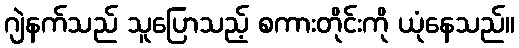
ဂျဲနက်သည် သူပြောသည့် စကားတိုင်းကို ယုံနေသည်။